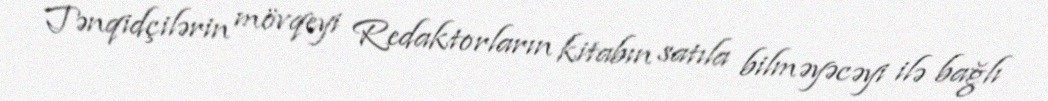
Tənqidçilərin mövqeyi Redaktorların kitabın satıla bilməyəcəyi ilə bağlı